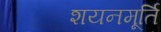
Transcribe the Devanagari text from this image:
शयनमूर्ति